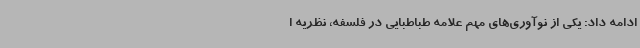
ادامه داد: یکی از نوآوری‌های مهم علامه طباطبایی در فلسفه، نظریه ا